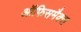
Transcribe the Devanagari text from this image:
ऑफिसमैक्स